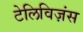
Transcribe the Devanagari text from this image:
टेलिविज़ंस